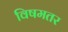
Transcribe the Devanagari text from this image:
विषमतर